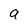
Character: a